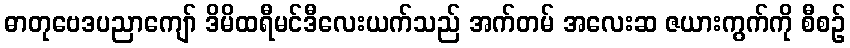
ဓာတုဗေဒပညာကျော် ဒိမိထရီမင်ဒီလေးယက်သည် အက်တမ် အလေးဆ ဇယားကွက်ကို စီစဉ်